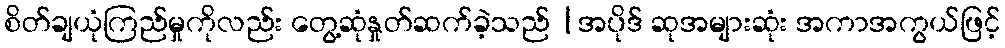
စိတ်ချယုံကြည်မှုကိုလည်း တွေ့ဆုံနှုတ်ဆက်ခဲ့သည် |အပိုဒ် ဆုအများဆုံး အကာအကွယ်ဖြင့်